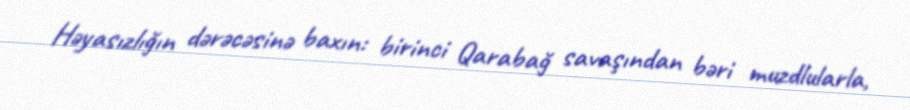
Həyasızlığın dərəcəsinə baxın: birinci Qarabağ savaşından bəri muzdlularla,